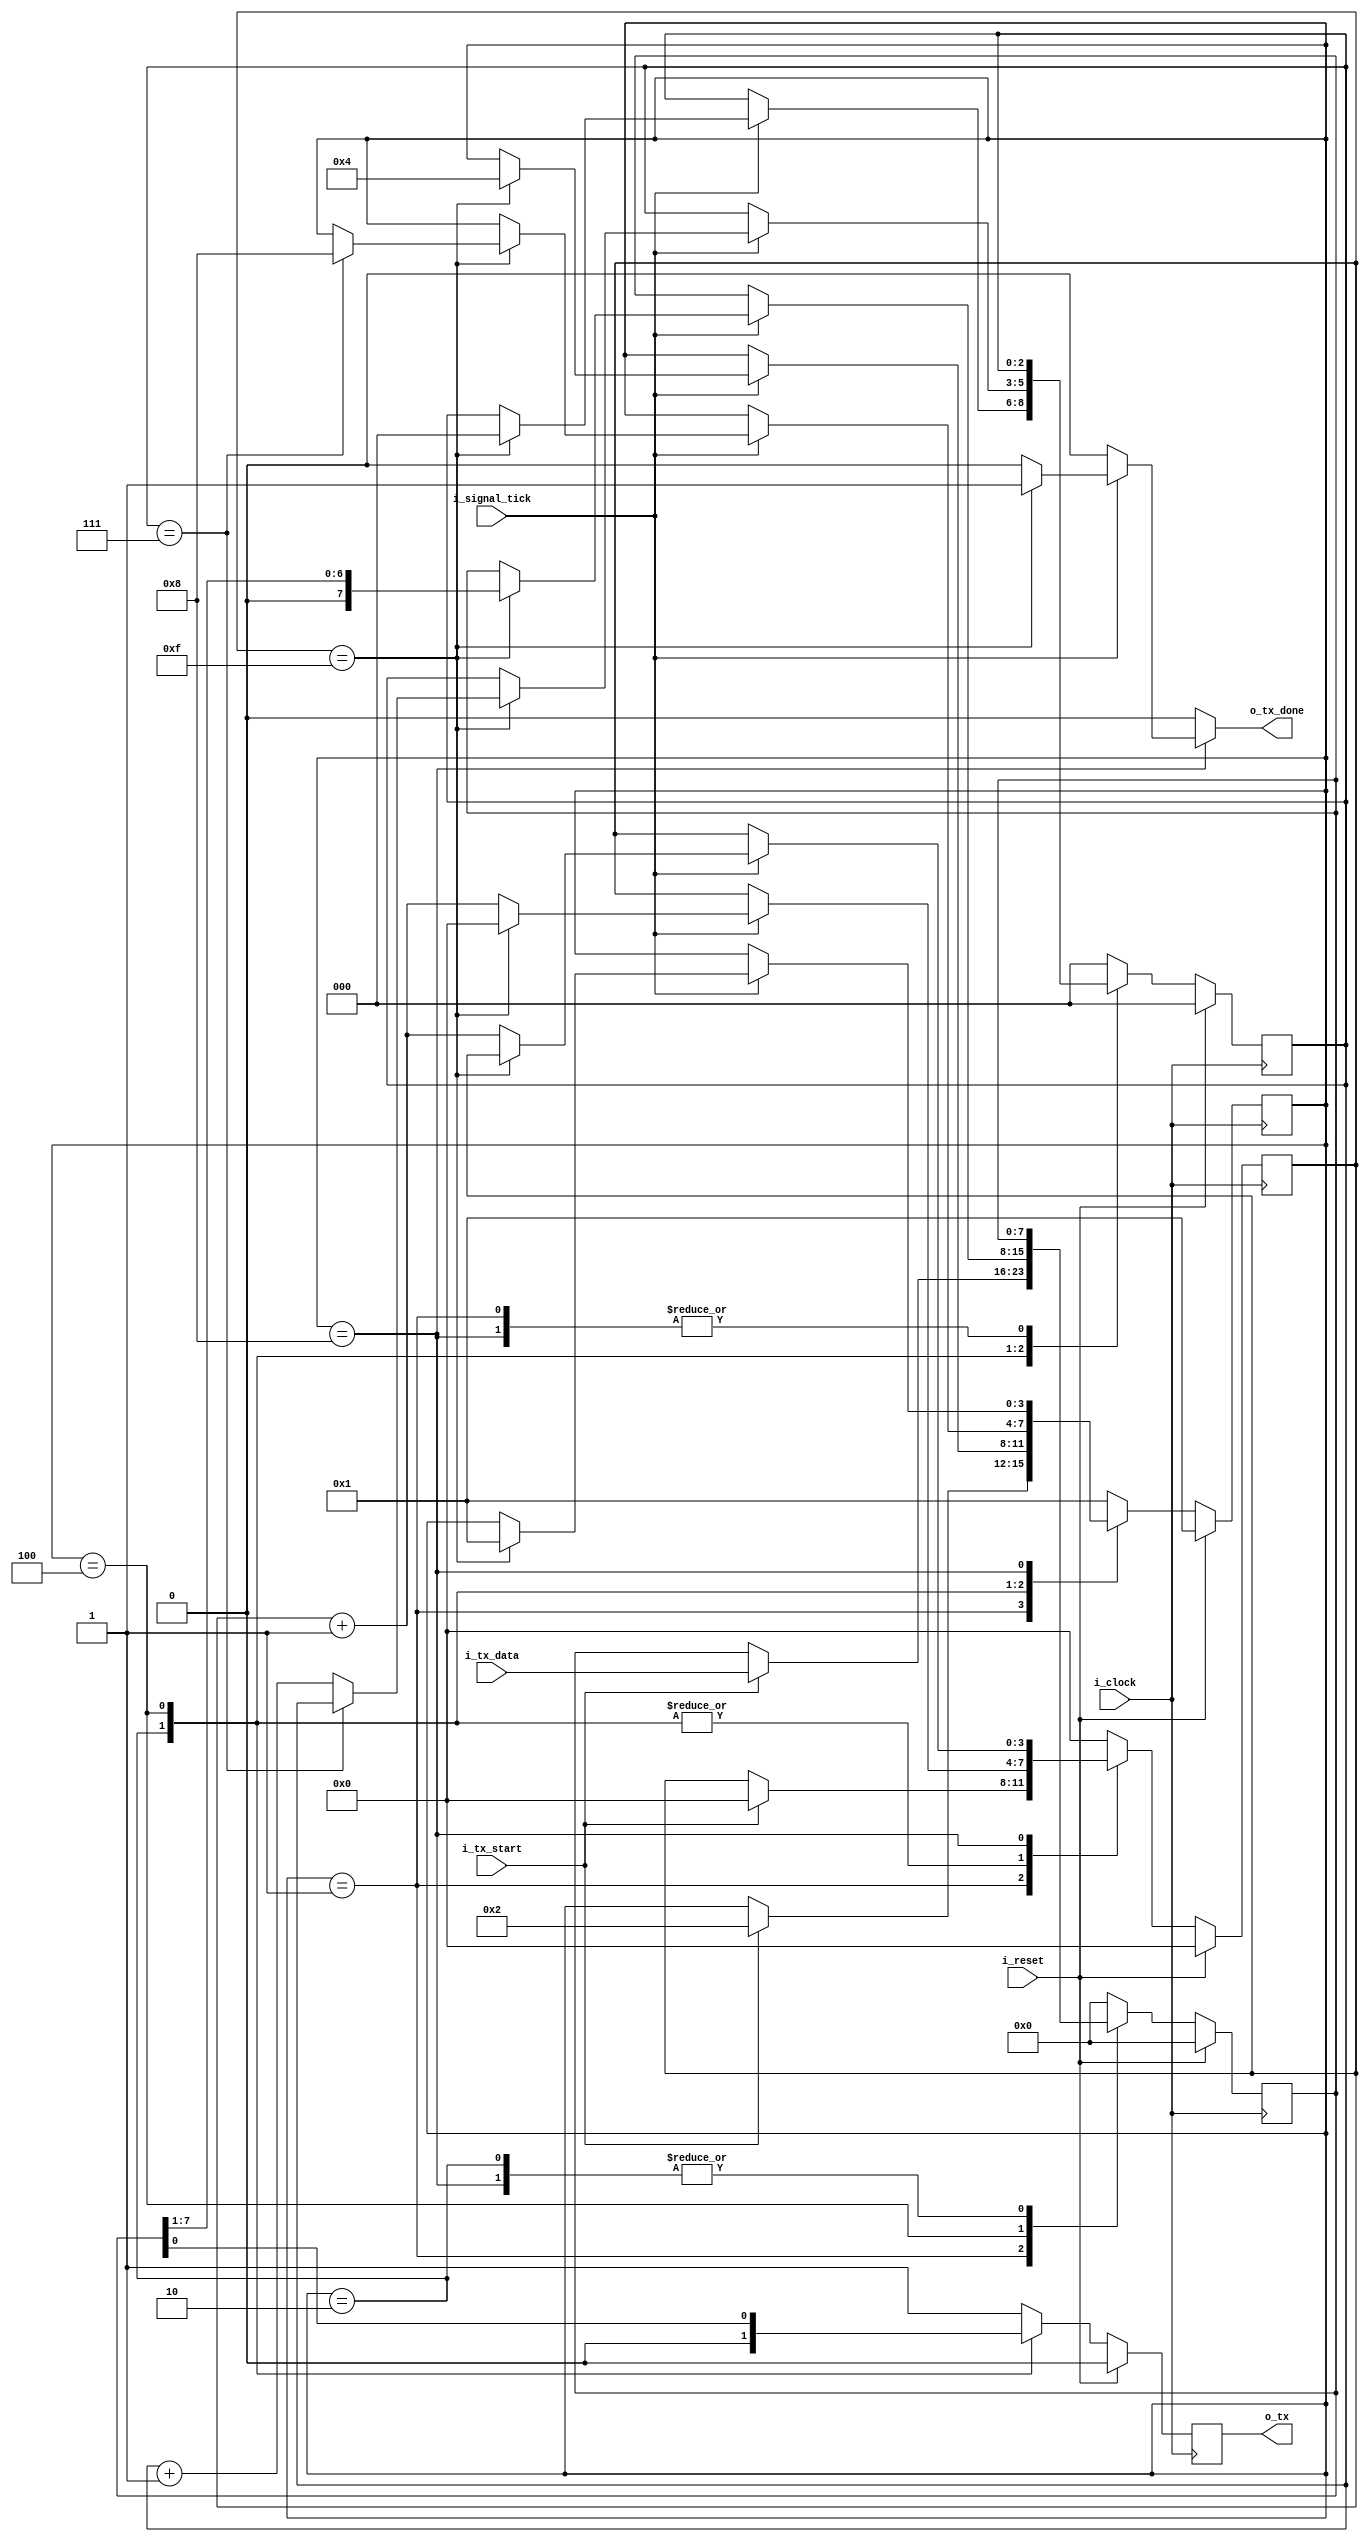
`timescale 1ns / 1ps

module transmitter
#(
    parameter   NB_DATA                 = 8                     , //data bits
    parameter   N_TICKS                 = 16                      //ticks for STOP_STATE bits
)
(
    input   wire  [NB_DATA   - 1 : 0]   i_tx_data                  ,
    input   wire                        i_tx_start              ,
    input   wire                        i_signal_tick           ,
    input   wire                        i_clock                 ,
    input   wire                        i_reset                 ,

    output  wire                        o_tx                    ,
    output  reg                         o_tx_done
);

    localparam                      NB_STATE        = 4         ;
    localparam                      NB_BITS         = 3         ;

    localparam  [NB_STATE - 1 : 0]  IDLE_STATE      = 4'b0001   ;
    localparam  [NB_STATE - 1 : 0]  START_STATE     = 4'b0010   ;
    localparam  [NB_STATE - 1 : 0]  DATA_STATE      = 4'b0100   ;
    localparam  [NB_STATE - 1 : 0]  STOP_STATE      = 4'b1000   ;

    reg [NB_STATE   - 1 : 0]        state                       ;
    reg [NB_STATE   - 1 : 0]        next_state                  ;

    reg [NB_STATE   - 1 : 0]        sticks                      ;
    reg [NB_STATE   - 1 : 0]        sticks_next                 ; //sampling ticks

    reg [NB_BITS    - 1 : 0]        nbits                       ;
    reg [NB_BITS    - 1 : 0]        nbits_next                  ; //number of data bits received

    reg [NB_DATA    - 1 : 0]        buffer                      ;
    reg [NB_DATA    - 1 : 0]        buffer_next                 ;

    reg                             tx                          ;
    reg                             tx_next                     ;

    // --------------------------------------------------
    // FSM block
    // --------------------------------------------------
    always @(posedge i_clock) begin
        if(i_reset) begin
            state <= IDLE_STATE;
        end
        else begin
            state <= next_state;
        end
    end

    // --------------------------------------------------
    // sTicks block
    // --------------------------------------------------
    always @(posedge i_clock) begin
        if(i_reset) begin
            sticks <= 0;
        end
        else begin
            sticks <= sticks_next;
        end
    end

    // --------------------------------------------------
    // Nbits block
    // --------------------------------------------------
    always @(posedge i_clock) begin
        if(i_reset) begin
            nbits <= 0;
        end
        else begin
            nbits <= nbits_next;
        end
    end

    // --------------------------------------------------
    // Buffer block
    // --------------------------------------------------
    always @(posedge i_clock) begin
        if(i_reset) begin
            buffer <= 0;
        end
        else begin
            buffer <= buffer_next;
        end
    end

    // --------------------------------------------------
    // TX block
    // --------------------------------------------------
    always @(posedge i_clock) begin
        if(i_reset) begin
            tx <= 0;
        end
        else begin
            tx <= tx_next;
        end
    end

    // --------------------------------------------------
    // FSM block
    // --------------------------------------------------
    always @(*) begin
        next_state  = state;
        o_tx_done = 1'b0;
        sticks_next = sticks;
        nbits_next  = nbits;
        buffer_next = buffer;
        tx_next     = tx;

        case(state)
            IDLE_STATE:
            begin
                tx_next = 1'b1;
                if(i_tx_start) begin
                    next_state = START_STATE;
                    sticks_next = 0;
                    buffer_next = i_tx_data;
                end
            end

            START_STATE:
            begin
                tx_next = 1'b0;
                if(i_signal_tick) begin
                    if(sticks == 15) begin
                        next_state = DATA_STATE;
                        sticks_next = 0;
                        nbits_next = 0;
                    end
                    else begin
                        sticks_next = sticks + 1'b1;
                    end
                end
            end

            DATA_STATE:
            begin
                tx_next = buffer[0];
                if(i_signal_tick) begin
                    if(sticks == 15) begin
                        sticks_next = 0;
                        buffer_next = buffer >> 1;
                        if(nbits == (NB_DATA - 1)) begin
                            next_state = STOP_STATE;
                        end
                        else begin
                            nbits_next = nbits + 1'b1;
                        end
                    end
                    else begin
                        sticks_next = sticks + 1'b1;
                    end
                end
            end

            STOP_STATE:
            begin
                tx_next = 1'b1;
                if(i_signal_tick) begin
                    if(sticks == (N_TICKS - 1)) begin
                        next_state = IDLE_STATE;
                        o_tx_done = 1'b1;
                    end
                    else begin
                        sticks_next = sticks + 1'b1;
                    end
                end
            end

            default:
            begin
                next_state  = IDLE_STATE;
                sticks_next = 0;
                nbits_next  = 0;
                buffer_next = 0;
                tx_next     = 1'b1;
            end
        endcase
    end

    // --------------------------------------------------
    // Output block
    // --------------------------------------------------
    assign o_tx = tx;

endmodule